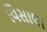
વિસાલા